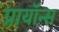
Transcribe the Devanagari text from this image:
प्रायॉन्स